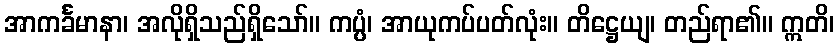
အာကင်္ခမာနာ၊ အလိုရှိသည်ရှိသော်။ ကပ္ပံ၊ အာယုကပ်ပတ်လုံး။ တိဋ္ဌေယျ၊ တည်ရာ၏။ ဣတိ၊